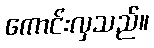
ကောင်းလှသည်။